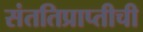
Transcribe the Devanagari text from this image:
संततिप्राप्तीची